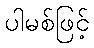
ပါမစ်ဖြင့်